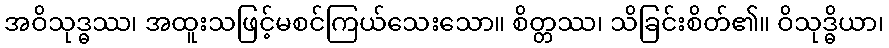
အဝိသုဒ္ဓဿ၊ အထူးသဖြင့်မစင်ကြယ်သေးသော။ စိတ္တဿ၊ သိခြင်းစိတ်၏။ ဝိသုဒ္ဓိယာ၊